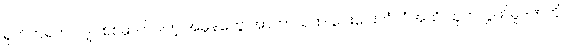
ရုတ်တရက် လျှပ်စစ်ဓာတ်ပါတဲ့ အမှုန်တွေ အာကာသထဲ ဝေးဝေးလံလံအထိ ထုတ်လွှတ်မှုဒဏ်ကို